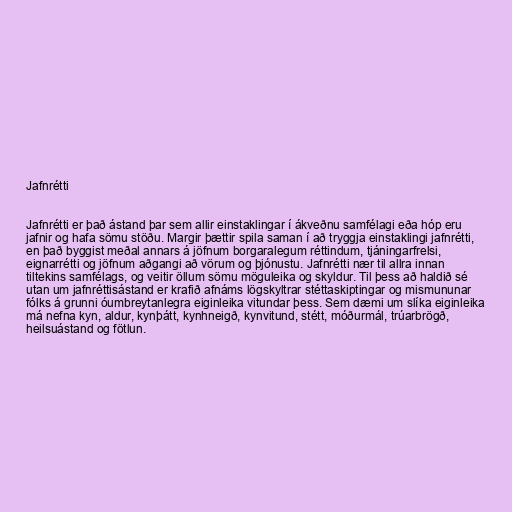
Jafnrétti

Jafnrétti er það ástand þar sem allir einstaklingar í ákveðnu samfélagi eða hóp eru
jafnir og hafa sömu stöðu. Margir þættir spila saman í að tryggja einstaklingi jafnrétti,
en það byggist meðal annars á jöfnum borgaralegum réttindum, tjáningarfrelsi,
eignarrétti og jöfnum aðgangi að vörum og þjónustu. Jafnrétti nær til allra innan
tiltekins samfélags, og veitir öllum sömu möguleika og skyldur. Til þess að haldið sé
utan um jafnréttisástand er krafið afnáms lögskyltrar stéttaskiptingar og mismununar
fólks á grunni óumbreytanlegra eiginleika vitundar þess. Sem dæmi um slíka eiginleika
má nefna kyn, aldur, kynþátt, kynhneigð, kynvitund, stétt, móðurmál, trúarbrögð,
heilsuástand og fötlun.